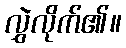
လွှဲလိုက်၏။